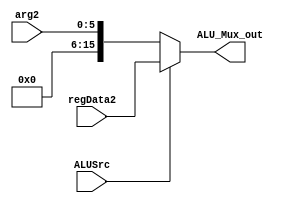
`timescale 1ns / 1ps

module ALU_Mux(
    input  [15:0] regData2,
    input  [5:0] arg2,
    input  ALUSrc,
    output [15:0] ALU_Mux_out 
    );
    wire [15:0] ext_arg2;
    assign ext_arg2[5:0] = arg2;
    assign ext_arg2[15:6] = 10'h000;
    assign ALU_Mux_out = ALUSrc ? regData2 : ext_arg2;
endmodule